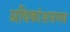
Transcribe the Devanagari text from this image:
अधिकांशसमय